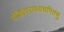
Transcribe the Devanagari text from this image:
पंडिताराध्यचरितमु